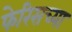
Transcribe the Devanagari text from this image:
फेरिसच्या